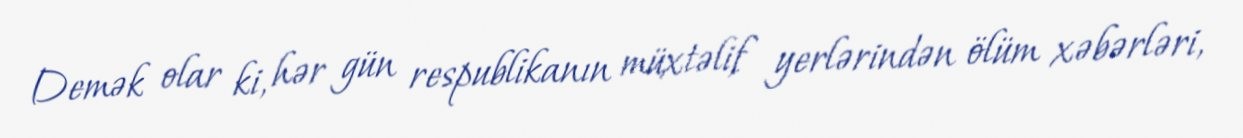
Demək olar ki, hər gün respublikanın müxtəlif yerlərindən ölüm xəbərləri,